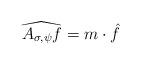
LaTeX: \begin{align*}\widehat{A_{\sigma, \psi} f} = m \cdot \hat{f}\end{align*}